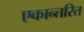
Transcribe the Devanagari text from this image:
एकान्तरित